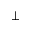
\perp